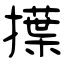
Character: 擛